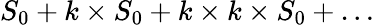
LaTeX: S_{0}+k\times S_{0}+k\times k\times S_{0}+\ldots